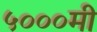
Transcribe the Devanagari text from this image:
५०००मी